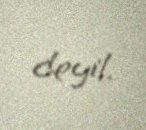
deyil.